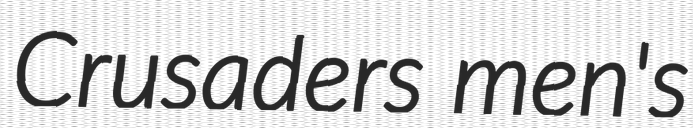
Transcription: Crusaders men's